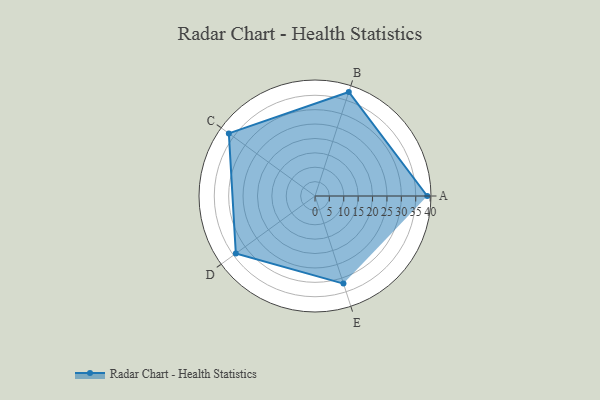
{"axis": {"x": "Skill", "y": "Score"}, "legend": ["Profile"], "data": [{"x": "A", "y": 39.0, "type": "Profile"}, {"x": "B", "y": 38.0, "type": "Profile"}, {"x": "C", "y": 37.0, "type": "Profile"}, {"x": "D", "y": 34.0, "type": "Profile"}, {"x": "E", "y": 32.0, "type": "Profile"}]}